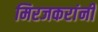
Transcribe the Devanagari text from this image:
मिरजकरांनी